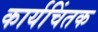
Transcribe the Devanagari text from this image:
कार्यचिंतक